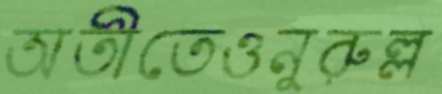
অতীতেওনুরুল্ল